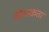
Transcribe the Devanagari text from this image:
बोधकता